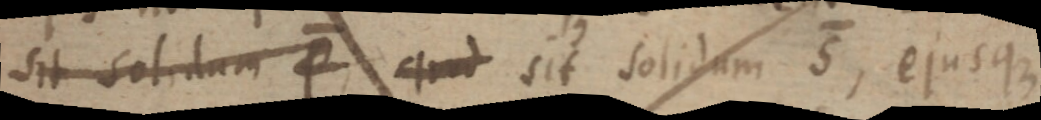
sit solidum P quod sit solidum S, ejusque